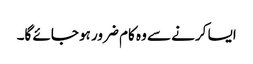
ایسا کرنے سے وہ کام ضرور ہو جائے گا۔